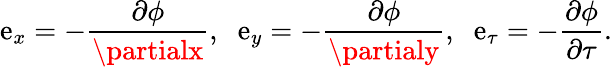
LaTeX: \mathrm{e}_{x}=-\frac{{\partial\phi}}{{\partialx}},\; \; \mathrm{e}_{y}=-\frac{{\partial\phi}}{{\partialy}},\; \; \mathrm{e}_{\tau}=-\frac{{\partial\phi}}{{\partial\tau}}.